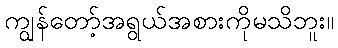
ကျွန်တော့်အရွယ်အစားကိုမသိဘူး။